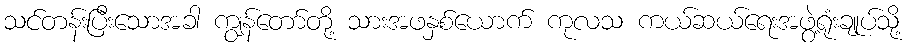
သင်တန်းပြီးသောအခါ ကျွန်တော်တို့ သားအဖနှစ်ယောက် ကုလသ ကယ်ဆယ်ရေးအဖွဲ့ရုံးချုပ်သို့